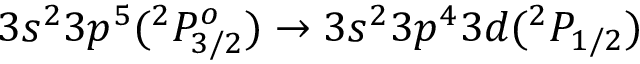
3 s ^ { 2 } 3 p ^ { 5 } ( ^ { 2 } P _ { 3 / 2 } ^ { o } ) \rightarrow 3 s ^ { 2 } 3 p ^ { 4 } 3 d ( ^ { 2 } P _ { 1 / 2 } )